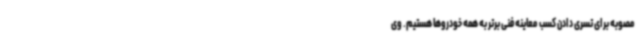
مصوبه برای تسری دادن کسب معاینه فنی برتر به همه خودروها هستیم. وی